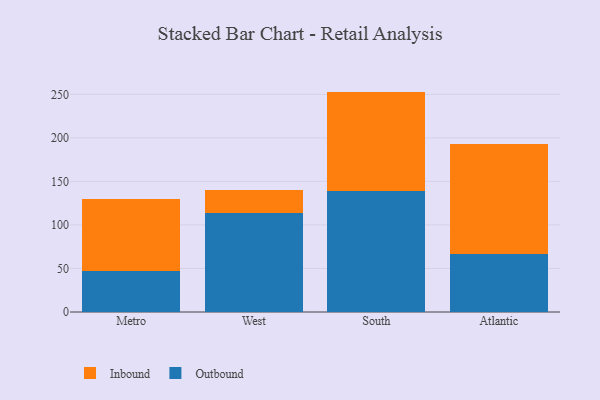
{"axis": {"x": "Region", "y": "Active Users"}, "legend": ["Inbound", "Outbound"], "data": [{"x": "Metro", "y": 47.0, "type": "Outbound"}, {"x": "Metro", "y": 83.1, "type": "Inbound"}, {"x": "West", "y": 114.0, "type": "Outbound"}, {"x": "West", "y": 25.7, "type": "Inbound"}, {"x": "South", "y": 138.8, "type": "Outbound"}, {"x": "South", "y": 114.3, "type": "Inbound"}, {"x": "Atlantic", "y": 67.0, "type": "Outbound"}, {"x": "Atlantic", "y": 126.1, "type": "Inbound"}]}